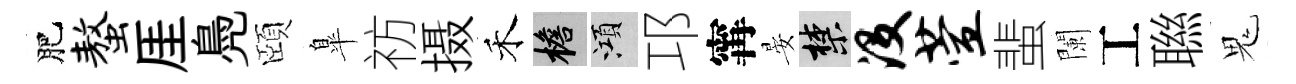
肥螯厓鳧頤臯祊摄禾檐澒邛𡩋晏禁没萱蜚闌工聮鬼